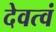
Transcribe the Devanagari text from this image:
देवत्वं